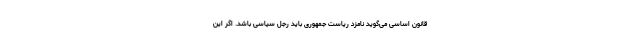
قانون اساسی می‌گوید نامزد ریاست جمهوری باید رجل سیاسی باشد. اگر این